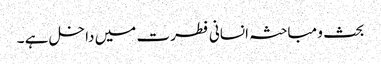
بحث و مباحثہ انسانی فطرت میں داخل ہے ۔